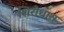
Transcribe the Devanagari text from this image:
शिरोधारा